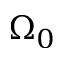
\Omega _ { 0 }